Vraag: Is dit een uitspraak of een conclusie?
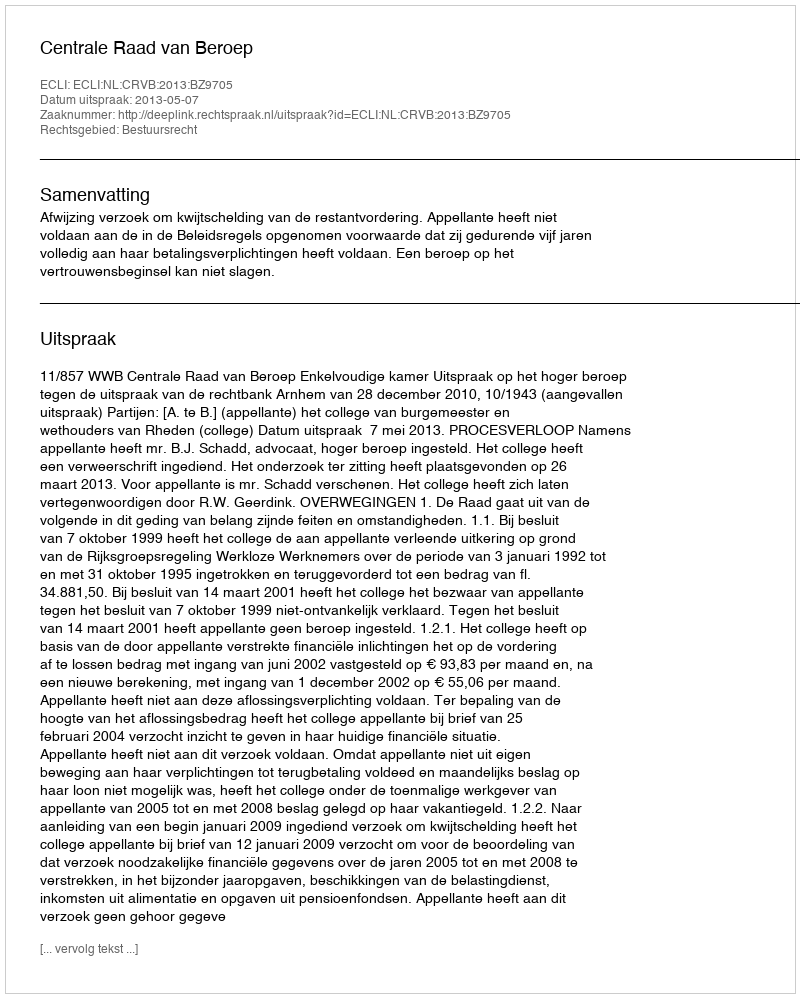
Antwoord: Uitspraak